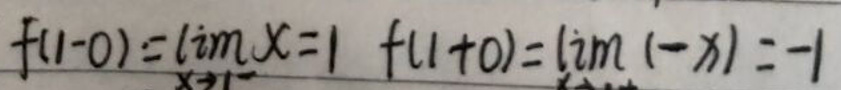
\[
f(1 - 0)=\lim_{x\rightarrow1^{-}}x = 1\quad f(1 + 0)=\lim_{x\rightarrow1^{+}}(-x)=-1
\]